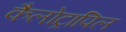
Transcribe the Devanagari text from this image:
कैलोट्रापिल